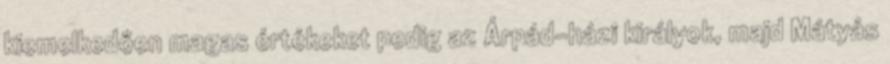
kiemelkedően magas értékeket pedig az Árpád-házi királyok, majd Mátyás